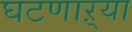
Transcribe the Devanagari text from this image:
घटणाऱ्या